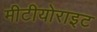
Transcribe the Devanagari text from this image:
मीटीयोराइट